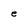
Character: e